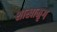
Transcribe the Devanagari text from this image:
शाखामृग